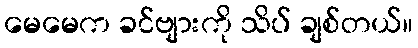
မေမေက ခင်ဗျားကို သိပ် ချစ်တယ်။